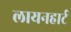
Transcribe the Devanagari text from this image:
लायनहार्ट